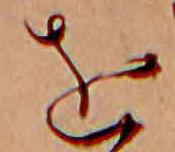
を